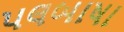
પલબાષા